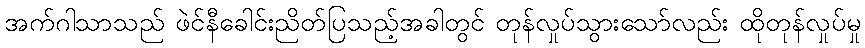
အက်ဂါသာသည် ဖဲင်နီခေါင်းညိတ်ပြသည့်အခါတွင် တုန်လှုပ်သွားသော်လည်း ထိုတုန်လှုပ်မှု